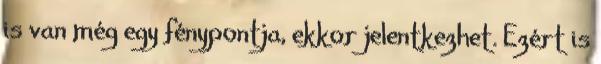
is van még egy fénypontja, ekkor jelentkezhet. Ezért is